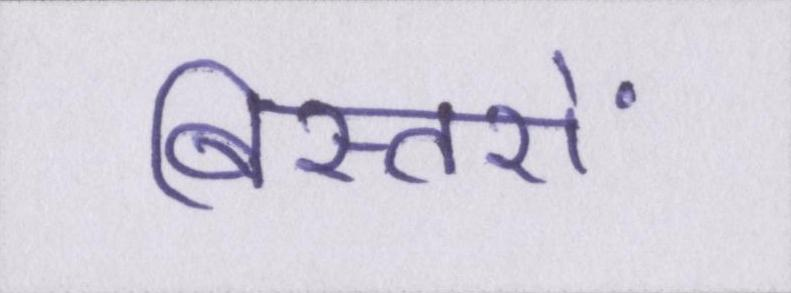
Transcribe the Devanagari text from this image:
बिस्तरों